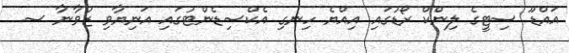
އައްޑޫ ސިޓީގެ ލިންކް ރޯޑުގައި އިއްޔެ ހިނގި އެކްސިޑެންޓުގައި އަނިޔާވި ޒުވާނާ ސ.